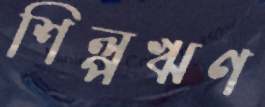
শিল্পঋণ